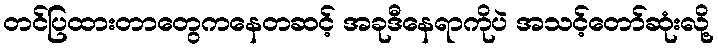
တင်ပြထားတာတွေကနေတဆင့် အခုဒီနေရာကိုပဲ အသင့်တော်ဆုံးလို့